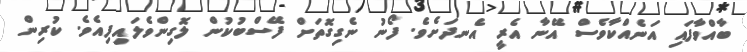
ބާއްވާފައި އަނެއްކާވެސް އޭނާ އެރީ އެނދަށެވެ. ފޯނު ނެގިގޮތަށް ފޭސްބުކުން ލޮގިންވެލައިފިއެވެ. ކުރިން